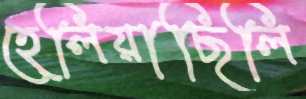
হেলিয়াছিলি